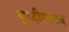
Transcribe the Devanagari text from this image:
बुध्दीमापन